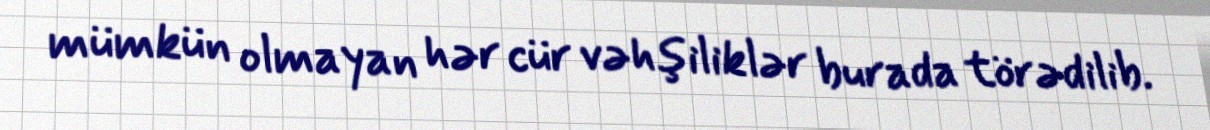
mümkün olmayan hər cür vəhşiliklər burada törədilib.